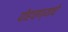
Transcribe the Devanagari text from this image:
पोहचण्याचे